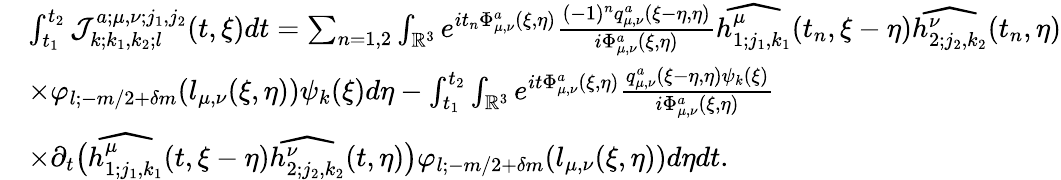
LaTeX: \begin{array}{rl}&{\int_{t_{1}}^{t_{2}}\mathcal{J}_{k;k_{1},k_{2};l}^{a;\mu,\nu;j_{1},j_{2}}(t,\xi)dt=\sum_{n=1,2}\int_{\mathbb{R}^{3}}e^{it_{n}\Phi_{\mu,\nu}^{a}(\xi,\eta)}\frac{(-1)^{n}q_{\mu,\nu}^{a}(\xi-\eta,\eta)}{i\Phi_{\mu,\nu}^{a}(\xi,\eta)}\widehat{h_{1;j_{1},k_{1}}^{\mu}}(t_{n},\xi-\eta)\widehat{h_{2;j_{2},k_{2}}^{\nu}}(t_{n},\eta)}\\ &{\times\varphi_{l;-m/2+\delta m}(l_{\mu,\nu}(\xi,\eta))\psi_{k}(\xi)d\eta-\int_{t_{1}}^{t_{2}}\int_{\mathbb{R}^{3}}e^{it\Phi_{\mu,\nu}^{a}(\xi,\eta)}\frac{q_{\mu,\nu}^{a}(\xi-\eta,\eta)\psi_{k}(\xi)}{i\Phi_{\mu,\nu}^{a}(\xi,\eta)}}\\ &{\times\partial_{t}\big(\widehat{h_{1;j_{1},k_{1}}^{\mu}}(t,\xi-\eta)\widehat{h_{2;j_{2},k_{2}}^{\nu}}(t,\eta)\big)\varphi_{l;-m/2+\delta m}(l_{\mu,\nu}(\xi,\eta))d\eta dt.}\end{array}